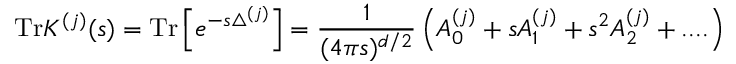
\mathrm { T r } K ^ { ( j ) } ( s ) = \mathrm { T r } \left[ e ^ { - s \bigtriangleup ^ { ( j ) } } \right] = { \frac { 1 } { ( 4 \pi s ) ^ { d / 2 } } } \left( A _ { 0 } ^ { ( j ) } + s A _ { 1 } ^ { ( j ) } + s ^ { 2 } A _ { 2 } ^ { ( j ) } + . . . . \right) ~ ~ ~